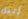
إبنه